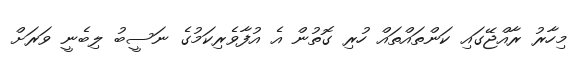
މިހާރު ރާއްޖޭގައި ކަންތައްތައް ހުރި ގޮތުން އެ އުފާވެރިކަމުގެ ނަސީބު ލިބެނީ ވަރަށް